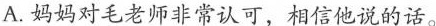
A.妈妈对毛老师非常认可，相信他说的话。B